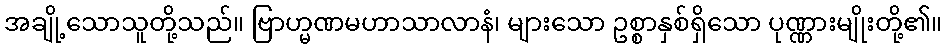
အချို့သောသူတို့သည်။ ဗြာဟ္မဏမဟာသာလာနံ၊ များသော ဥစ္စာနှစ်ရှိသော ပုဏ္ဏားမျိုးတို့၏။